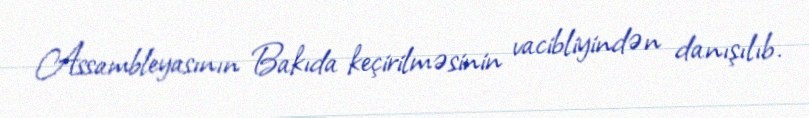
Assambleyasının Bakıda keçirilməsinin vacibliyindən danışılıb.